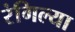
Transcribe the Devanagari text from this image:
रंगिल्या